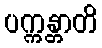
ပက္ကန္တာတိ